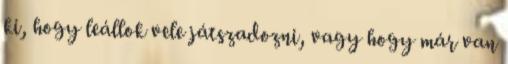
ki, hogy leállok vele játszadozni, vagy hogy már van